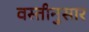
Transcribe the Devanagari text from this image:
वस्तीनुसार